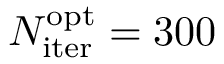
N _ { \mathrm { i t e r } } ^ { \mathrm { o p t } } = 3 0 0